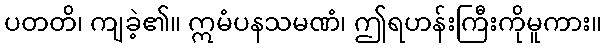
ပတတိ၊ ကျခဲ့၏။ ဣမံပနသမဏံ၊ ဤရဟန်းကြီးကိုမူကား။